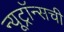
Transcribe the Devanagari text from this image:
न्यूट्रॉन्सची